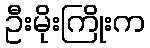
ဦးမိုးကြိုးက